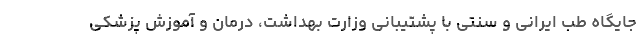
جایگاه طب ایرانی و سنتی با پشتیبانی وزارت بهداشت، درمان و آموزش پزشکی